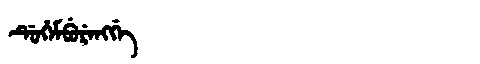
Manchu: ᡩᡠᡥᡝᠮᠪᡠᡵᡝᠩᡤᡝ
Romanization: DUHEMBURENGGE